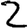
Digit: 2